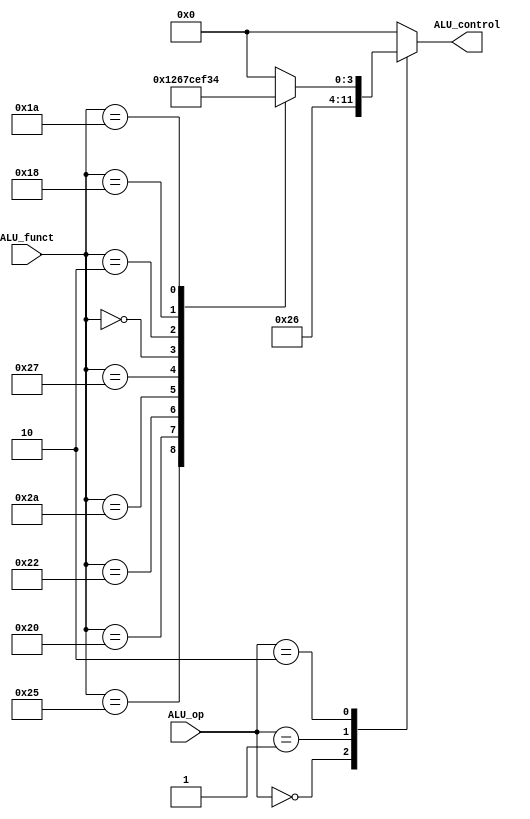
module ALU_control(
		input 		[1:0] ALU_op,
		input 		[5:0] ALU_funct,
		output reg	[3:0] ALU_control
);

	always@(ALU_op, ALU_funct)
	begin
		case (ALU_op)
		2'b00:	ALU_control = 4'b0010;	// lw, sw
		2'b01:	ALU_control = 4'b0110;	// beq, bne
		2'b10: 	begin
					case(ALU_funct)
					6'b100100:	ALU_control = 4'b0000;	// and
					6'b100101:	ALU_control = 4'b0001;	// or
					6'b100000:	ALU_control = 4'b0010;	// add
					6'b100010:	ALU_control = 4'b0110;	// sub
					6'b101010:	ALU_control = 4'b0111;	// slt
					6'b100111:	ALU_control = 4'b1100;	// nor
					6'b000000:	ALU_control = 4'b1110;	// sll
					6'b000010:	ALU_control = 4'b1111;	// slr
					6'b011000:	ALU_control = 4'b0011;	// mul
					6'b011010:	ALU_control = 4'b0100;	// div
					default: 		ALU_control = 4'b0;
					endcase
				end
		default:	ALU_control = 4'b0;
		endcase
	end
endmodule